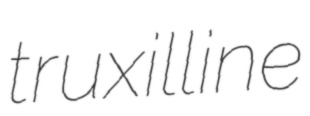
truxilline